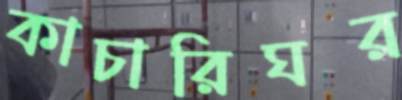
কাচারিঘর